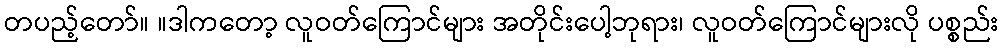
တပည့်တော်။ ။ဒါကတော့ လူဝတ်ကြောင်များ အတိုင်းပေါ့ဘုရား၊ လူဝတ်ကြောင်များလို ပစ္စည်း